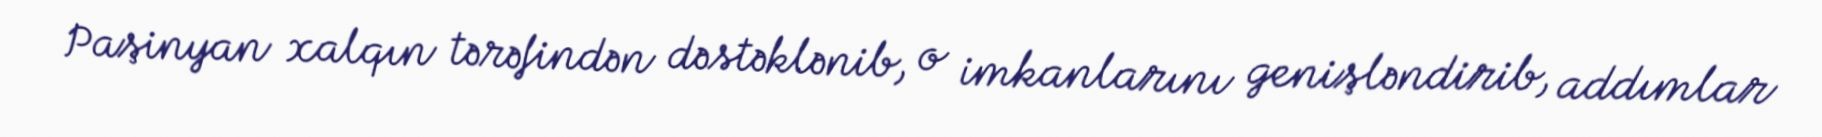
Paşinyan xalqın tərəfindən dəstəklənib, o imkanlarını genişləndirib, addımlar